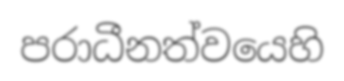
පරාධීනත්වයෙහි